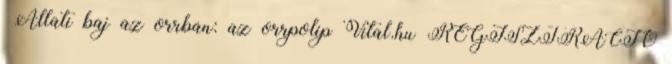
Állati baj az orrban: az orrpolip Vital.hu REGISZTRÁCIÓ